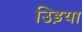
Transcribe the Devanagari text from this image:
उिड़या